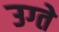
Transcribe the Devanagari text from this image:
उग्ते